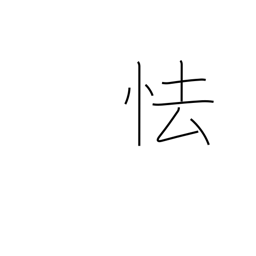
Meaning: wince